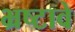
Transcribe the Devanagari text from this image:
भ्रष्टावे